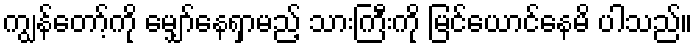
ကျွန်တော့်ကို မျှော်နေရှာမည့် သားကြီးကို မြင်ယောင်နေမိ ပါသည်။